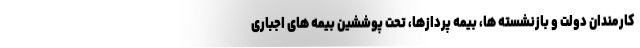
کارمندان دولت و بازنشسته ها، بیمه پردازها، تحت پوششین بیمه های اجباری